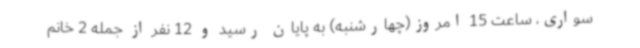
سواری، ساعت 15 امروز(چهارشنبه) به پایان رسید و 12 نفر از جمله 2 خانم